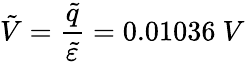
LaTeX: \tilde{V}=\frac{\tilde{q}}{\tilde{\varepsilon}}=0.01036~V